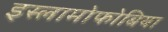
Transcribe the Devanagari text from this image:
इस्लामोफोबिया